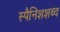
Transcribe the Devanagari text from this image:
स्पैनिशशब्द